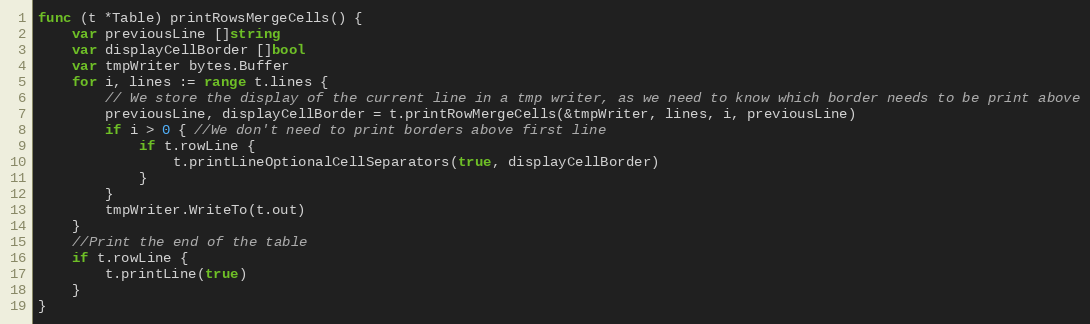
Language: Go
func (t *Table) printRowsMergeCells() {
	var previousLine []string
	var displayCellBorder []bool
	var tmpWriter bytes.Buffer
	for i, lines := range t.lines {
		// We store the display of the current line in a tmp writer, as we need to know which border needs to be print above
		previousLine, displayCellBorder = t.printRowMergeCells(&tmpWriter, lines, i, previousLine)
		if i > 0 { //We don't need to print borders above first line
			if t.rowLine {
				t.printLineOptionalCellSeparators(true, displayCellBorder)
			}
		}
		tmpWriter.WriteTo(t.out)
	}
	//Print the end of the table
	if t.rowLine {
		t.printLine(true)
	}
}